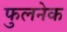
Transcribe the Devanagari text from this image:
फुलनेक